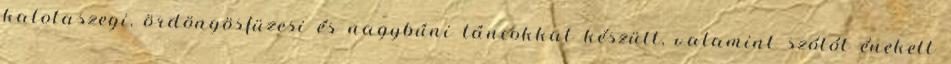
kalotaszegi, ördöngösfüzesi és nagybúni táncokkal készült, valamint szólót énekelt